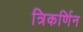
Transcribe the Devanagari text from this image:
त्रिकर्णिन